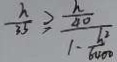
\frac { h } { 3 5 } \geq \frac { \frac { h } { 4 0 } } { 1 - \frac { h ^ { 2 } } { 6 4 0 0 } }